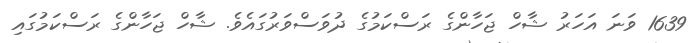
1639 ވަނަ އަހަރު ޝާހް ޖަހާންގެ ރަސްކަމުގެ ދުވަސްވަރުގައެވެ. ޝާހް ޖަހާންގެ ރަސްކަމުގައި